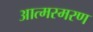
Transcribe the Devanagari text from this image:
आत्मस्मरण